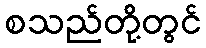
စသည်တို့တွင်